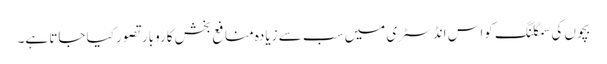
بچوں کی سمگلنگ کواس انڈسٹری میں سب سے زیادہ منافع بخش کاروبار تصور کیا جاتا ہے۔